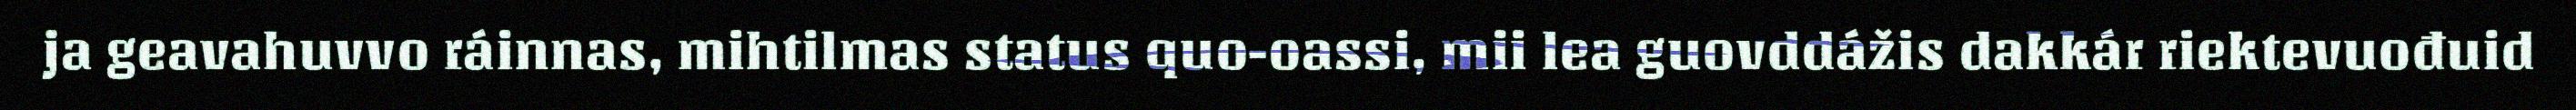
ja geavahuvvo ráinnas, mihtilmas status quo-oassi, mii lea guovddážis dakkár riektevuođuid